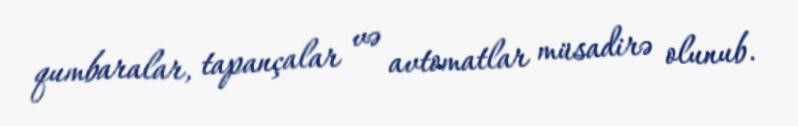
qumbaralar, tapançalar və avtomatlar müsadirə olunub.